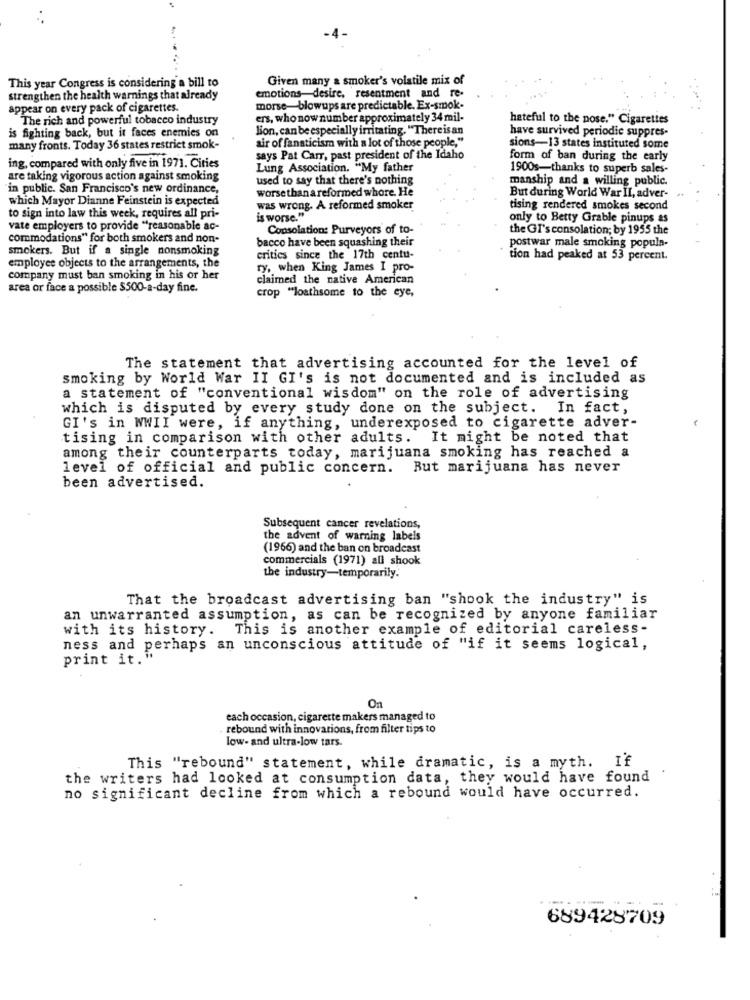
Given many a smoker's volatile mix of
This year Congress is considering a bill to
strengthen the health warnings that already
emotions-desire, resentment and re-
appear on every pack of cigarettes.
morse-blowups are predictable. Ex-smok-
The rich and powerful tobacco industry
ers, who now number approximately 34 mil-
hateful to the pose." Cigarettes
lion, can be especially irritating. "There is an
have survived periodie suppres-
is fighting back, but it faces enemies on
air of fanaticism with a lot of those people,"
many fronts. Today 36 states restrict smok-
sions-13 states instituted some
says Pat Carr, past president of the Idaho
form of ban during the early
ing, compared with only five in 1971. Cities
Lung Association. "My father
1900s-thanks to superb sales-
are taking vigorous action against smoking
used to say that there's nothing
manship and a willing public.
in public. San Francisco's new ordinance,
worsethan areformed whore. He
which Mayor Dianne Feinstein is expected
But during World War II, adver- ..
was wrong. A reformed smoker
tising rendered smokes second
to sign into law this week, requires all pri-
is worse."
only to Betty Grable pinups as
vate employers to provide "reasonable ac-
Consolation: Purveyors of to-
the GI's consolation; by 1955 the
commodations" for both smokers and non-
bacco have been squashing their
smokers. But if a single nonsmoking
postwar male smoking popula-
critics since the 17th centu-
tion had peaked at 53 percent.
employee objects to the arrangements, the
ry, when King James I pro-
company must ban smoking in his or her
claimed the native American
area or face a possible $500-a-day fine.
crop "loathsome to the eye,
The statement that advertising accounted for the level of
smoking by World War II GI's is not documented and is included as
a statement of "conventional wisdom" on the role of advertising
which is disputed by every study done on the subject. In fact,
GI's in WWII were, if anything, underexposed to cigarette adver-
tising in comparison with other adults. It might be noted that
among their counterparts today, marijuana smoking has reached a
level of official and public concern. But marijuana has never
been advertised.
Subsequent cancer revelations,
the advent of warning labels
(1966) and the ban on broadcast
commercials (1971) all shook
the industry-temporarily.
That the broadcast advertising ban "shook the industry" is
an unwarranted assumption, as can be recognized by anyone familiar
with its history. This is another example of editorial careless-
ness and perhaps an unconscious attitude of "if it seems logical,
print it."
On
each occasion, cigarette makers managed to
rebound with innovations, from filter tips to
low- and ultra-low tars.
This "rebound" statement, while dramatic, is a myth. If
the writers had looked at consumption data, they would have found
no significant decline from which a rebound would have occurred.
689428709